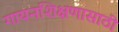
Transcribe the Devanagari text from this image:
गायनशिक्षणासाठी